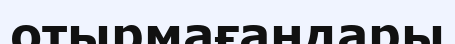
отырмағандары